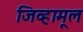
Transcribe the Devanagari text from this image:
जिव्हामूल